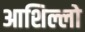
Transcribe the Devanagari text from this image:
आशिल्लो